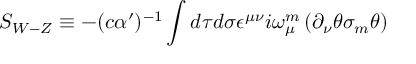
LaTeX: S _ { { W - Z } } \equiv - ( c \alpha ^ { \prime } ) ^ { - { 1 } } \int d \tau d \sigma \epsilon ^ { \mu \nu } i \omega _ { \mu } ^ { { m } } \left( \partial _ { \nu } \theta \sigma _ { { m } } \theta \right)